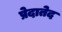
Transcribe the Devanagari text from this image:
प्रेदातेद